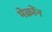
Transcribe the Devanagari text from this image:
मेक्रोंन